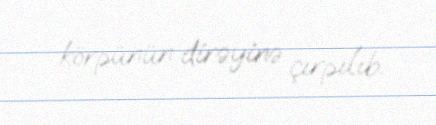
körpünün dirəyinə çırpılıb.